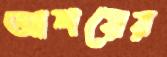
আশয়ের